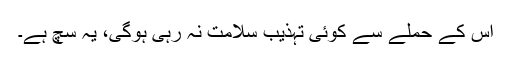
اس کے حملے سے کوئی تہذیب سلامت نہ رہی ہوگی، یہ سچ ہے۔